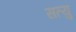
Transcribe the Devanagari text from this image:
सत्यु